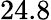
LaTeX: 24.8